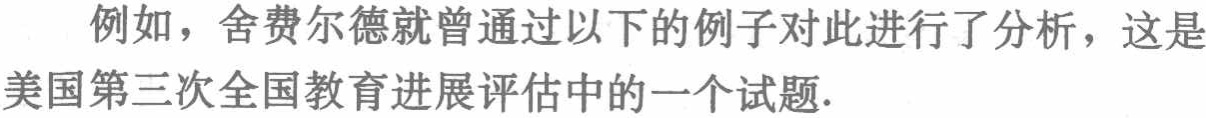
例如，舍费尔德就曾通过以下的例子对此进行了分析，这是美国第三次全国教育进展评估中的一个试题.